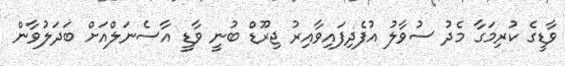
ވާޑީގެ ކުރިމަގާ މެދު ސުވާލު އުފެދިފައިވާއިރު ޖިރޫޑް ބުނީ ވާޑީ އާސެނަލްއަށް ބަދަލުވާން